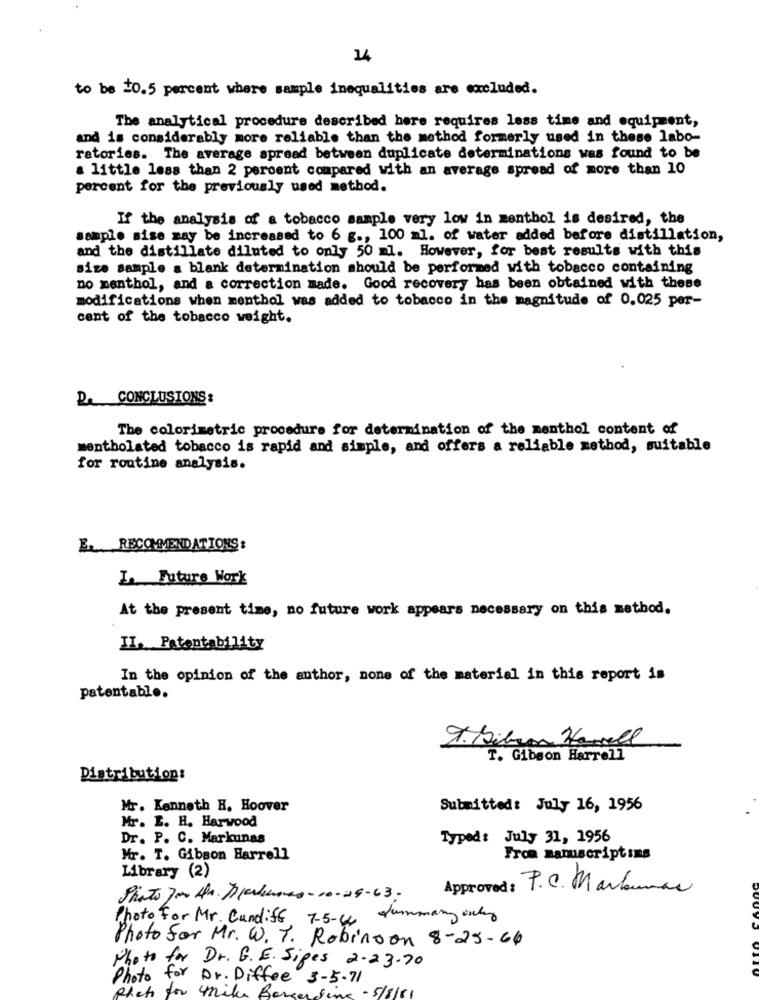
14
to be 20.5 percent where sample inequalities are excluded.
The analytical procedure described here requires less time and equipment,
and is considerably more reliable than the method formerly used in these labo-
ratories. The average spread between duplicate determinations was found to be
a little less than 2 percent compared with an average spread of more than 10
percent for the previously used method.
If the analysis of a tobacco sample very low in menthol is desired, the
sample sise may be increased to 6 g ., 100 ml. of water added before distillation,
and the distillate diluted to only 50 ml. However, for best results with this
size sample a blank determination should be performed with tobacco containing
no menthol, and a correction made. Good recovery has been obtained with these
modifications when menthol was added to tobacco in the magnitude of 0.025 per-
cent of the tobacco weight.
Re CONCLUSIONS :
The colorimetric procedure for determination of the menthol content of
mentholated tobacco is rapid and simple, and offers a reliable method, suitable
for routine analysis.
E RECOMMENDATIONS :
L. Future Work
At the present time, no future work appears necessary on this method.
II. Patentability
In the opinion of the author, none of the material in this report is
patentable.
9. Gibson Havell
T. Gibson Harrell
Distribution:
Mr. Kenneth H. Hoover
Submitted: July 16, 1956
Mr. E. H. Harwood
Dr. P. C. Markunas
Typed: July 31, 1956
Mr. T. Gibson Harrell
From manuscriptins
Library (2)
Approved: P.C. Markumas
Pinto Jar Ar. Aperturas- 10-25-63.
Photo For Mr. Cundiff 7-5-44 dummmany only
Photo for Mr. W. T. Robinson 8-25-64
Photo for Dr. G. E. Sipes 2.23.70
Photo for Dr. Diffee 3-5.71
Photo for mike Borg